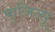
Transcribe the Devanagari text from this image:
फुजित्सू